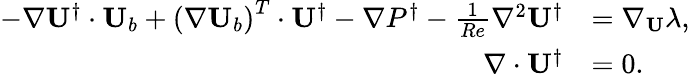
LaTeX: \begin{array}{rl}{-\nabla\mathbf{U}^{\dagger}\cdot\mathbf{U}_{b}+\left(\nabla\mathbf{U}_{b}\right)^{T}\cdot\mathbf{U}^{\dagger}-\nabla P^{\dagger}-\frac{1}{Re}\nabla^{2}\mathbf{U}^{\dagger}}&{=\nabla_{\mathbf{U}}\lambda,}\\ {\nabla\cdot\mathbf{U}^{\dagger}}&{=0.}\end{array}